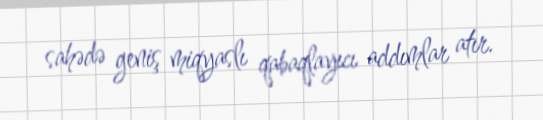
sahədə geniş miqyaslı qabaqlayıcı addımlar atır.